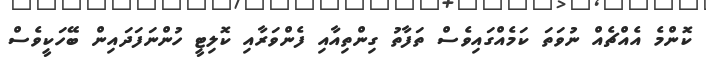
ކޮންމެ އެއްޗެއް ނުވަތަ ކަމެއްގައިވެސް ތަފާތު ގިންތިއާއި ފެންވަރާއި ކޮލިޓީ ހުންނަފަދައިން ބޭހަކީވެސް